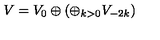
V = V _ { 0 } \oplus \left( \oplus _ { k > 0 } V _ { - 2 k } \right)